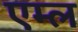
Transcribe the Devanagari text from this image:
एम्ल